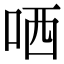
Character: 哂